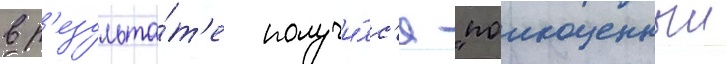
в р'езульта́т'е получи́лс'я "полноценныи